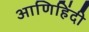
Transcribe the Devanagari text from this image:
आणिहिंदी